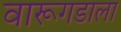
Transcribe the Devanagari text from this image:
वारूगडाला